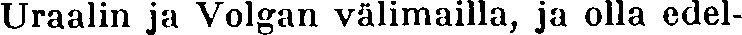
Uraalin ja Volgan välimailla, ja olla edel-